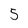
Character: 5